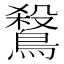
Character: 𪄅